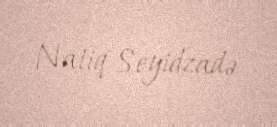
Natiq Seyidzadə